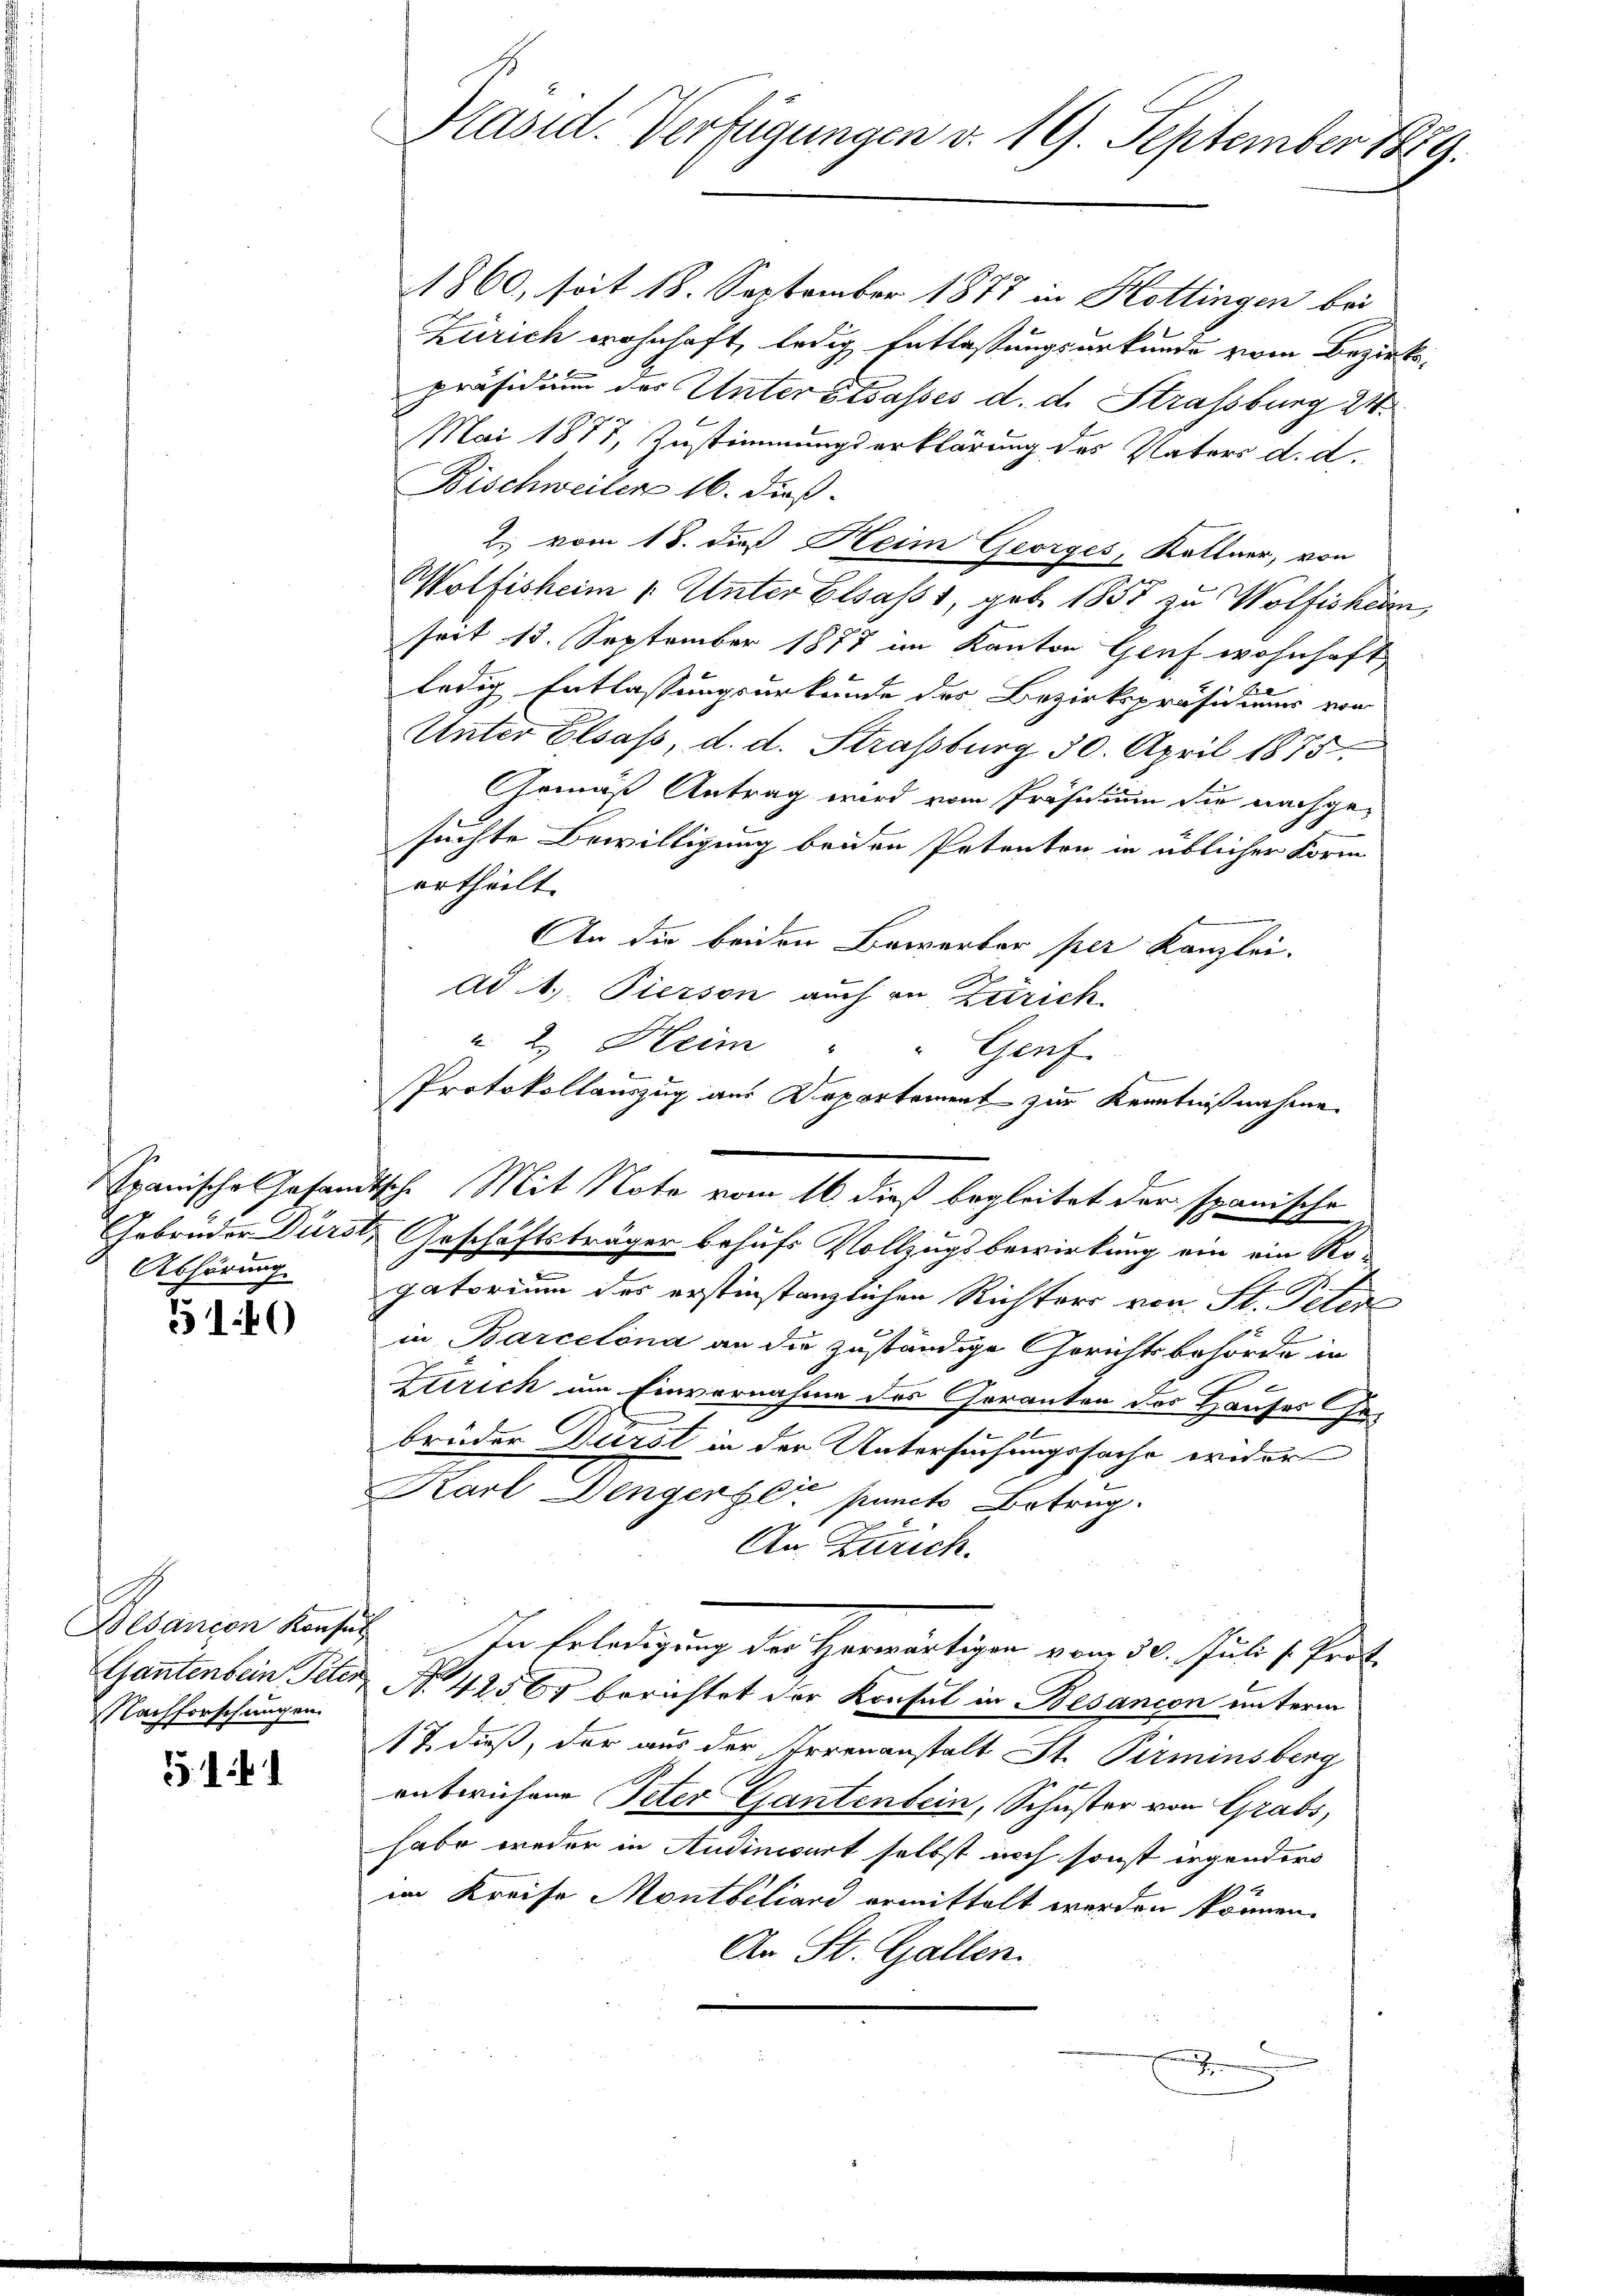
Abhörung.

5140

Besanzen Konsul
Nachforschungen.

1

1860, soit 18. September 1877 in Hottingen bei
Zürich wohnhaft, ledig Entlaßungsurkunde zwei Bezirks-
präsidium der Unterbesasses d. d. Strassburg 24.
Mai 1877, Zustimmungserklärung des Vaters d. d.
Bischweiler 16. dieß.
2. vom 18. dieß Heim Georges, Kellner, von
Wolfisheim 1. Unter Elsass, geb. 1857 zu Wolfisheim
seit 13. September 1877 im Kanton Graf wohnhaft
ledig Entlassungsurkunde des Bezirkspräsidiums von
Unter Elsass, d. d. Straßburg 30. April 1875.
Gemäß Antrag wird vom Präsidium die nachgesuchte Bewilligung beiden Petenten in üblicher Form
ertheilt.
An die beiden Bewerber per Kanzlei-
ad 4. Tierson auch in Zürich
u 2. Heim
" Genf
Protokollauszug aus Departement zur Kenntnißnahme
Spanische Gesandtsche Mit Note vom 16. dieß begleitet der spanische
Gebrüder Dürst, Geschäftsträger behufs Vollzugsbewirkung ein ein Ko-
gatorium des erstinstanzlichen Richters von St. Peter
in Barcelona an die zuständige Gerichtsbehörde in
g
.
Ztirich um Einvernahme des Cheranten des Hauses Ge¬
2
brüder Durst in der Untersuchungssache wider
x
Karl Dengerzeit puncts Betrug.
An Zürich.
In Erledigung der Herwärtigen vom 30. Juli s. Prot
Gantenbein Peter No. 42560 berichtet der Konsul in Besançon unterm
17. dieß, der aus der Irrenanstalt St. Pirminsberg
untwichene Peter Gantenbein, Schuster von Grabs,
habe weder in Audinwirt selbst noch sonst irgenders
im Kreise Montbiliard ermittelt werden können.
An St. Gallen.
.

Päsid. Verfügungen d. 19. September 1889.